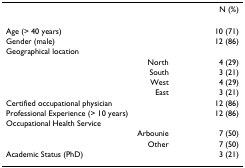
<table><thead><tr><td></td><td><b>N (%)</b></td></tr></thead><tbody><tr><td>Age (&gt; 40 years)</td><td>10 (71)</td></tr><tr><td>Gender (male)</td><td>12 (86)</td></tr><tr><td>Geographical location</td><td></td></tr><tr><td>North</td><td>4 (29)</td></tr><tr><td>South</td><td>3 (21)</td></tr><tr><td>West</td><td>4 (29)</td></tr><tr><td>East</td><td>3 (21)</td></tr><tr><td>Certified occupational physician</td><td>12 (86)</td></tr><tr><td>Professional Experience (&gt; 10 years)</td><td>12 (86)</td></tr><tr><td>Occupational Health Service</td><td></td></tr><tr><td>Arbounie</td><td>7 (50)</td></tr><tr><td>Other</td><td>7 (50)</td></tr><tr><td>Academic Status (PhD)</td><td>3 (21)</td></tr></tbody></table>